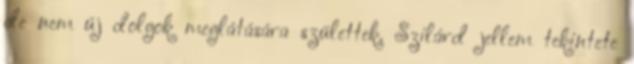
de nem új dolgok meglátására születtek. Szilárd jellem tekintete